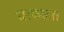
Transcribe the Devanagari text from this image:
धाकाला